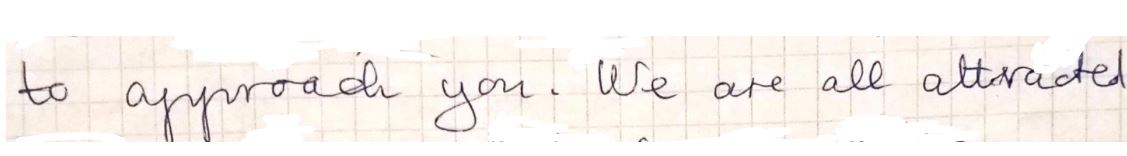
to approach you. We are all attracted